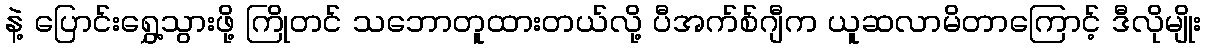
နဲ့ ပြောင်းရွှေ့သွားဖို့ ကြိုတင် သဘောတူထားတယ်လို့ ပီအက်စ်ဂျီက ယူဆလာမိတာကြောင့် ဒီလိုမျိုး